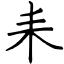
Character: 耒